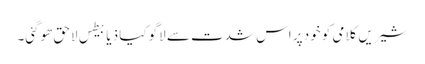
شیریں کلامی کو خود پر اس شدت سے لاگو کیا ذیابیطس لاحق ھوگئی۔